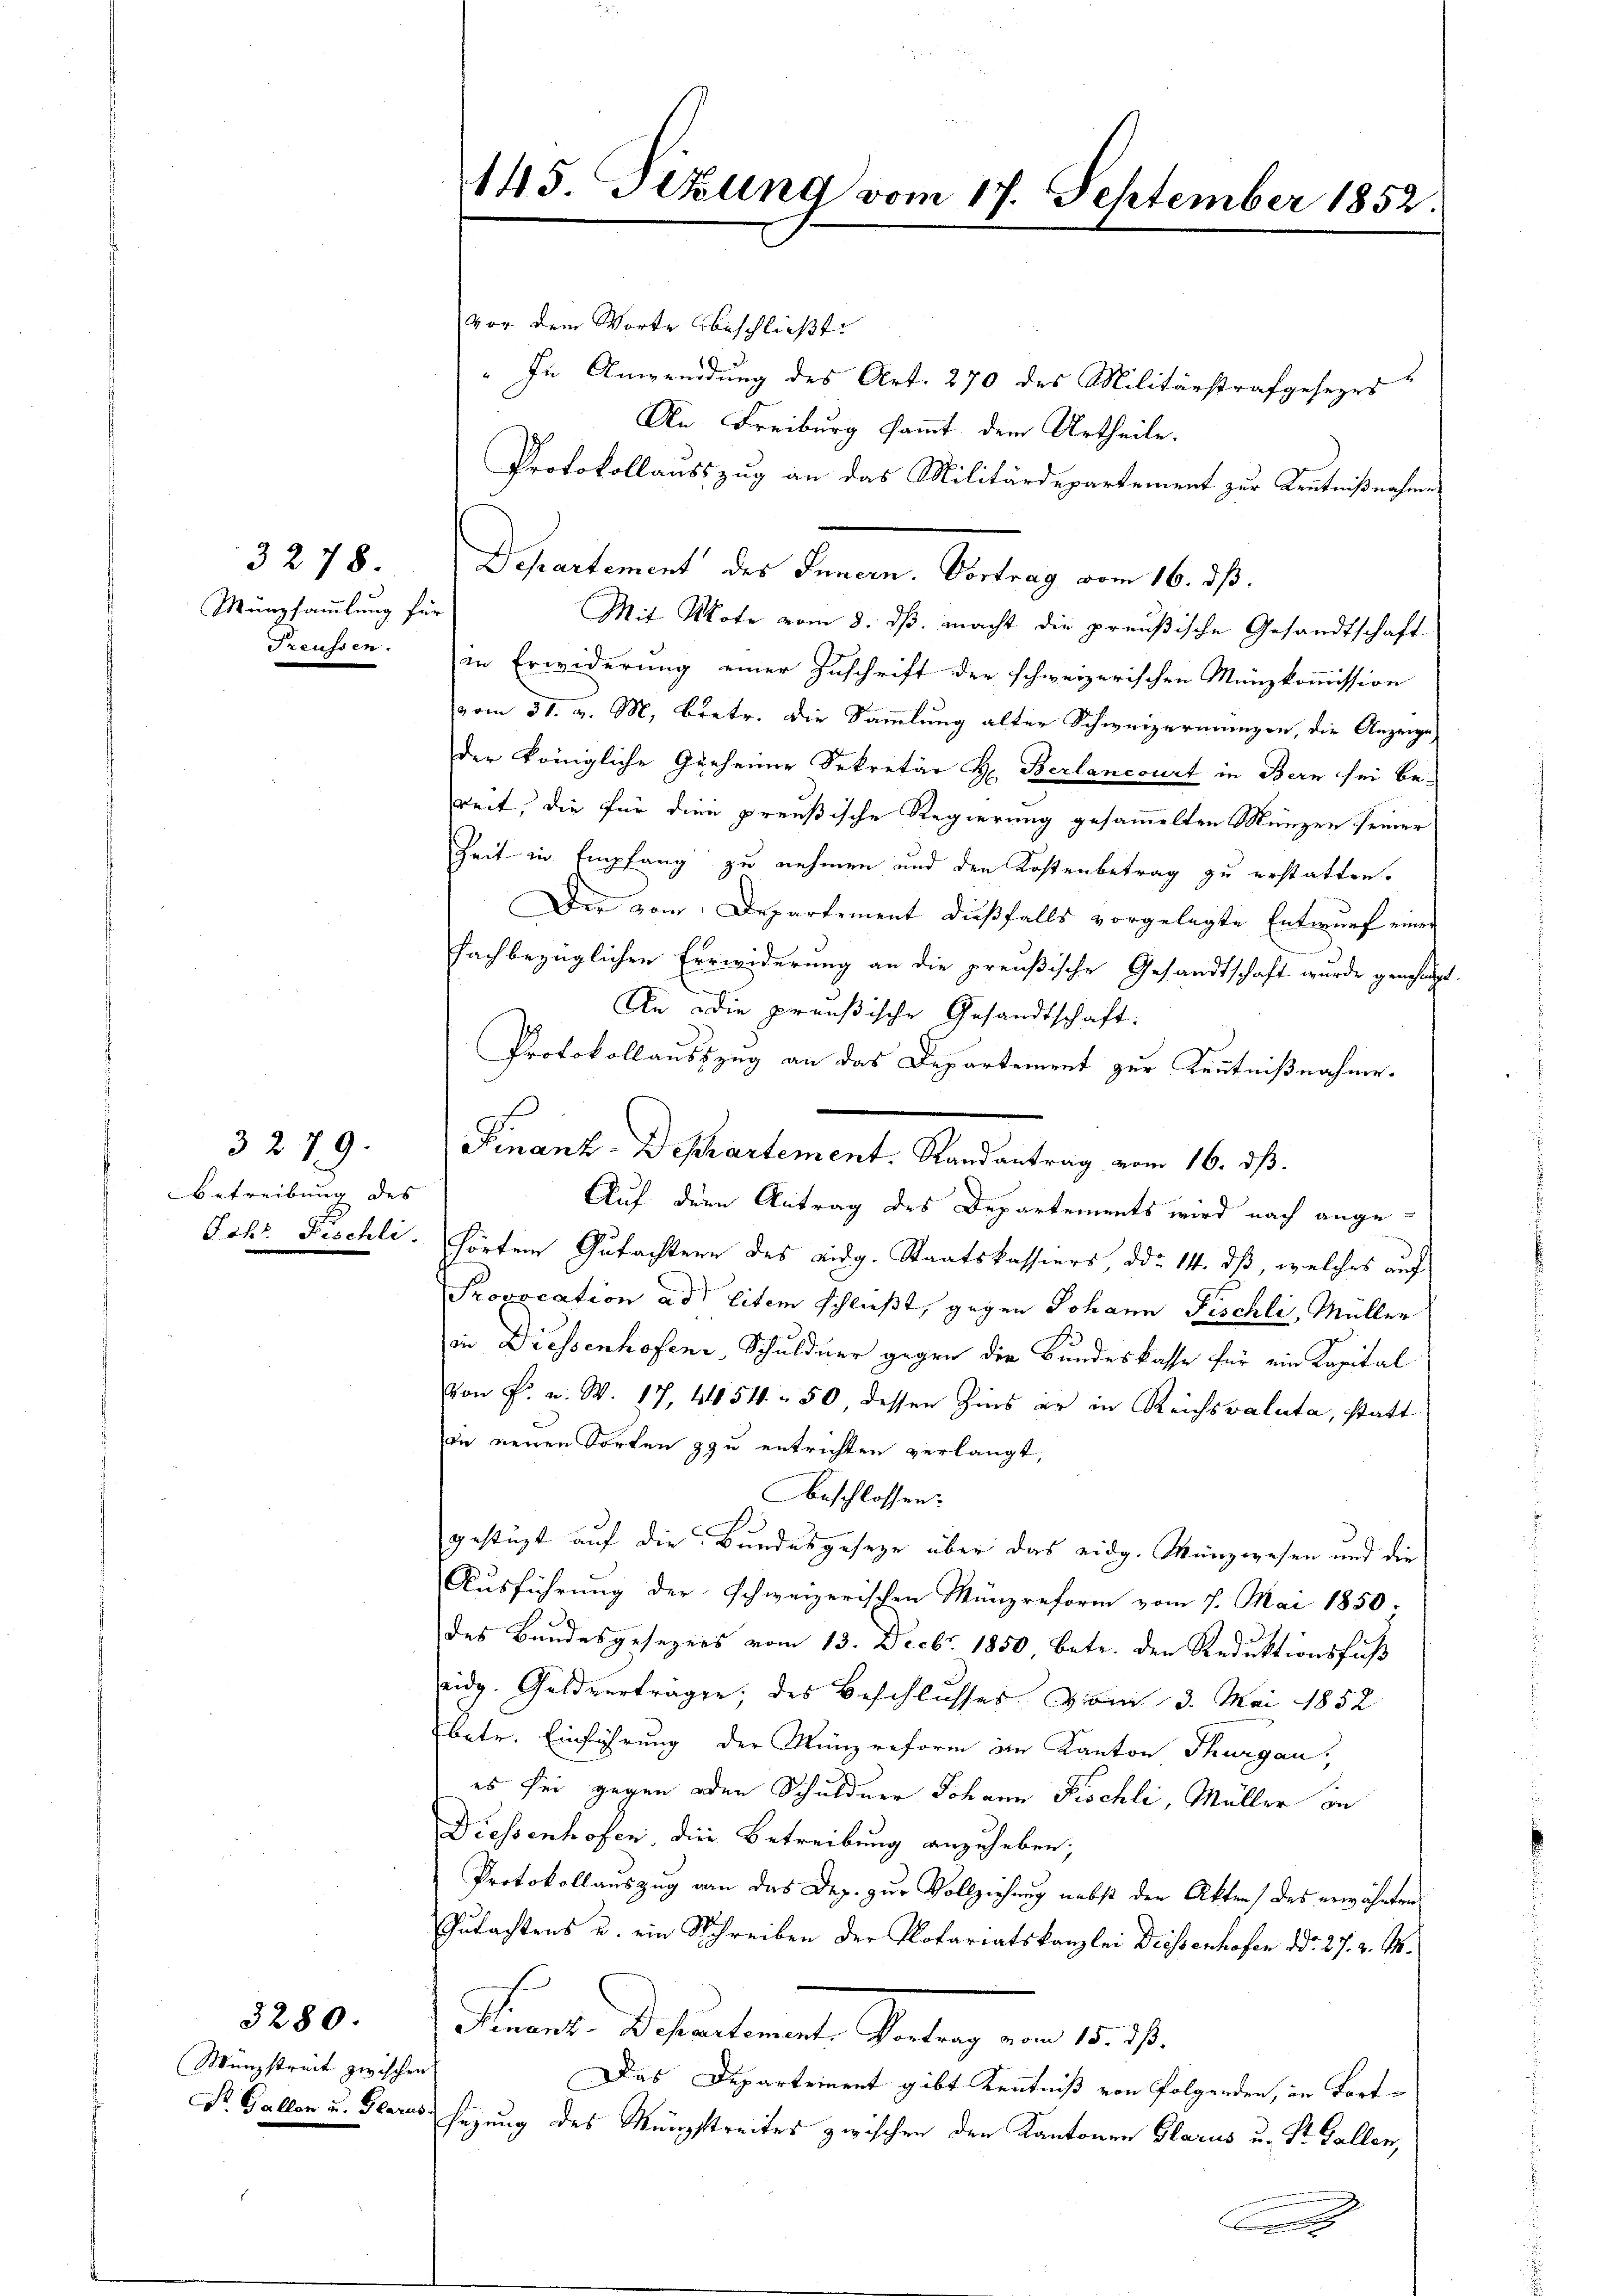
3278.
Münzsammlung für
Treussen.

betreibung des
Jchr. Fischli

3279.

3280.

Wenzstreit zwischen

1145. Jung vom 17. September 1852.

vor dem Worte beschließt:
" In Anwendung des Art. 270 des Militärstrafgesezes
An Freiburg sammt dem Urtheile.
Protokollausszug an das Militärdepartement zur Kentnißnahme
Departement des Innern. Vortrag vom 16. ds.
Mit Mote vom 8. ds. macht die preußische Gesandtschaft
in Erwiderung einer Zuschrift der schweizerischen Münzkommission
vom 31. v. M. Bretr. die Sammlung alter Schweizermungen, die Anzeige,
der königliche Geheime Sekretär H. Berlancourt in Bern sei be-
weit, die für dien preußische Regierung gesammelten Münzen seiner
Zeit in Empfang zu nehmen und den Kostenbetrag zu erstatten.
Der vom Departement dießfalls vorgelegte Entwurf einer
fachbezüglichen Errwiderung an die preußische Gesandtschaft wurde genehmen
An die preußische Gesandtschaft.
Protokollauszzug an das Departement zur Kenntnißnahme.
Auf den Antrag des Departements wird nach ange-
hörtem Gutachtern des eidg. Staatskassiers, ddo 14. dß, welches auf
Provocation ad litem schließt, gegen Johann Fischli, Müller
in Diessenhofen, Schuldner gegen der Bundeskasse für ein Kapital
Von Fr. a. W. 17, 4454 - 50, dessen Zins er in Reichsvaluta, statt
in neuen Sorten zu entrichten verlangt,
Beschlossen:
gestüzt auf die Bundesgeseze über das eidg. Münzwesen und die
Ausführung der schweizerischen Münzreform vom 7. Mai 1850.
des Bundesgesezers vom 13. Decbr. 1850 betr. den Reduktionsfuß
eidg. Geldverträge; des Beschlusses vom 3. Mai 1852
betr. Einführung der Münzreform im Kanton Thurgau,
es sei gegen oder Schuldner Johann Fischli, Müller in
Diessenhofen, die Betreibung anzuheben;
Protokollauszug von das Dez. zur Vollziehung nebst den Akten) des erwähnten
Gutachtens u. ein Schreiben der Notariatskanzlei Deissenhofen ddo 27. v. M.
Stander Departements Sendung von diese
Das Departement gibt Kenntniß von Folgenden, in Fort¬
Dr. Gallen u. Glarus sezung des Münzstreites zwischen den Kantonen Glarus u. Dr. Gallen,

Finanz-Deschartement. Randantrag vom 16. ds.